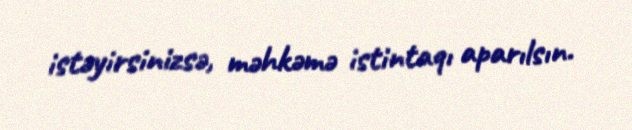
istəyirsinizsə, məhkəmə istintaqı aparılsın.